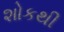
શોકથી